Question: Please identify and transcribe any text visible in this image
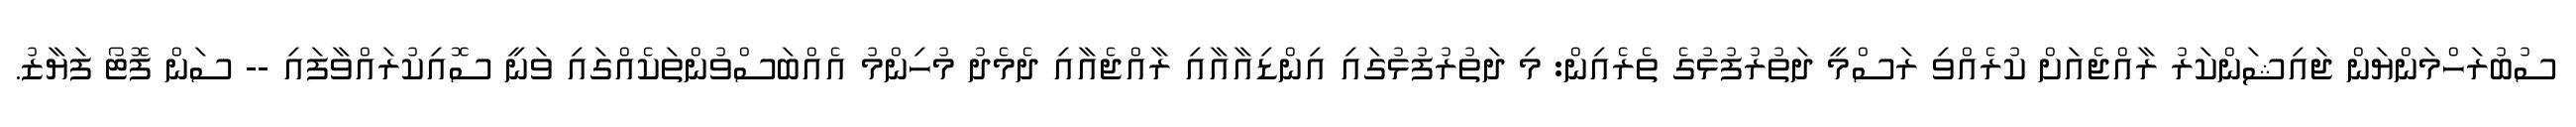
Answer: ސުބުރަހްމަންޔަން ޖައިޝަންކަރު ރާއްޖެއަށް ކުރެއްވި ރަސްމީ ދަތުރުފުޅުގެ ތެރެއިން: މި ދަތުރުފުޅުގައި އިންޑިއާއާއި ރާއްޖެއާއި ދެމެދު މުހިންމު އެއްބަސްވުންތަކެއްގައި ވަނީ ސޮއިކުރައްވާފައި -- ސަން ފޮޓޯ ފަޔާޒު.